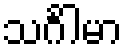
သင်္ဂါမာ